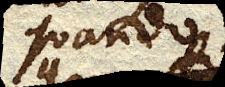
quando